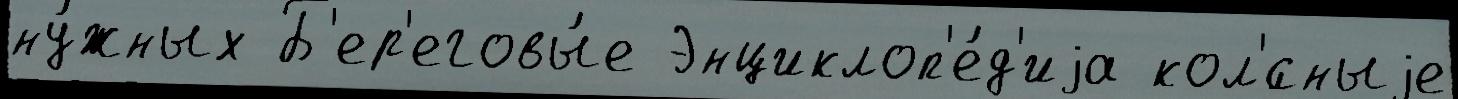
ну́жных Б'ер'еговы́е Энциклоп'е́д'иjа кол'́сныjе